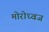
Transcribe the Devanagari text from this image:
मोरोध्‍वज